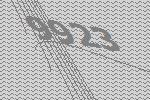
9923